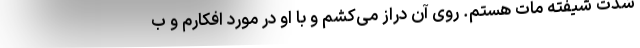
شدت شیفته مات هستم. روی آن دراز می‌کشم و با او در مورد افکارم و ب